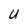
Character: U